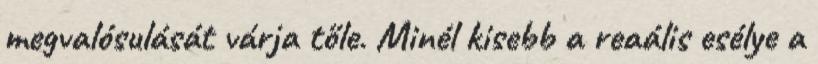
megvalósulását várja tőle. Minél kisebb a reaális esélye a